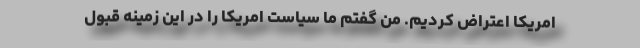
امریکا اعتراض کردیم. من گفتم ما سیاست امریکا را در این زمینه قبول